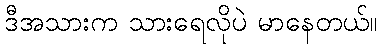
ဒီအသားက သားရေလိုပဲ မာနေတယ်။